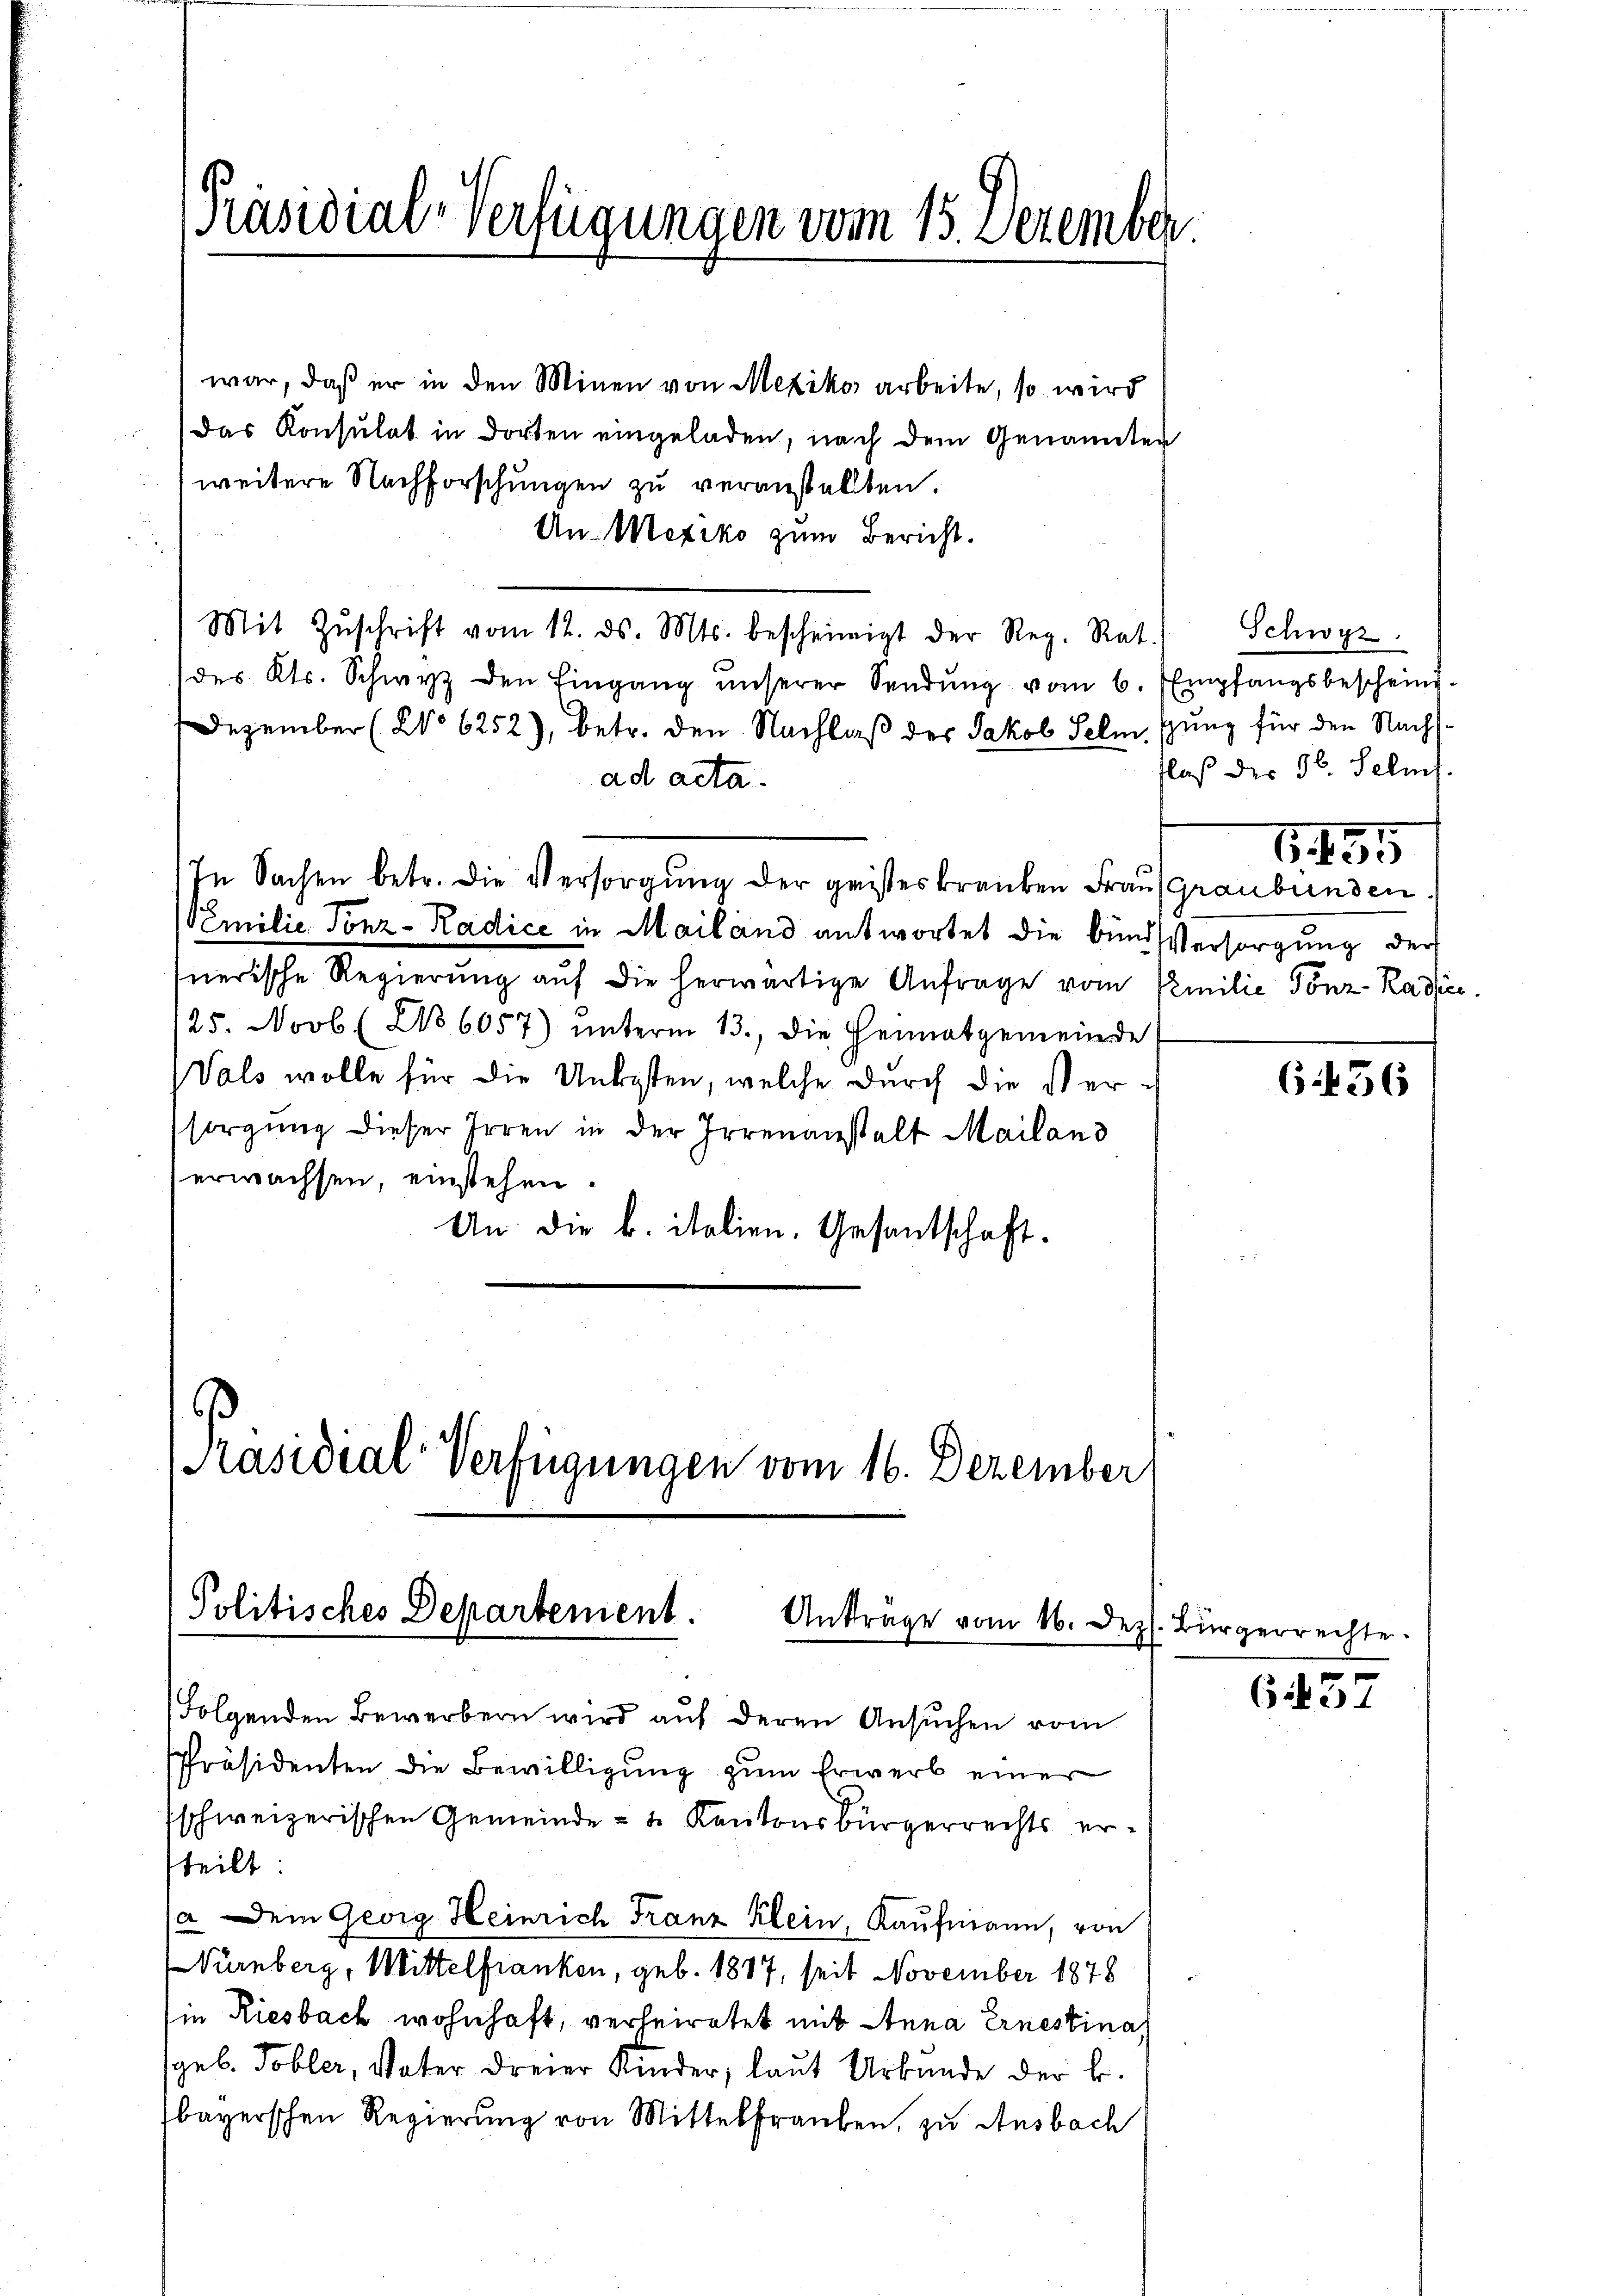
[Präsidial-Verfügungen vom 15. Dezember

war, daß er in den Minen von Mexiko arbeite, so wird
Das Konsulat in dorten eingeladen, nach dem Genannten
weitere Nachforschungen zu veranstallten.
Un- Mexiko zum Bericht.
Mit Zŭschrift vom 12. ds. Mts. bescheinigt der Reg. Rat.
(des Kts. Schwyz den Eingang unserer Sendŭng vom 6. Empfangsbeschein-
Dezember (No 6252), betr. den Nachlaß des Jakob Sclmsung für den Nachsad acta.
In Sachen betr. die Versorgŭng der geisteskranken Frau (Graubünden.
Vemilie Tonz-Radice in Mailand antwortet die bund Versorgung der
nerische Regierung aŭf die herwärtige Anfrage vom Emilie Tönz-Radice
25. Novb. (No 6057) ŭnterm 13. die Heimatgemeinde
Vals wolle für die Unkosten, welche durch die Versorgung dieser Irren in der Irrenanstalt Mailand
erwachsen, einstehen.
An die b. italien. Gesantschaft.

Präsidial-Verfügungen vom 16. Dezember

Politisches Departement. Anträge vom 16. Dez.

Folgenden Bewerbern wird auf deren Ansuchen vom
Präsidenten die Bewilligung zum Erwerb einer
sschweizerischen Gemeinde- & Kantonsbürgerrechts ertteilt:
/a Dein Georg Heinrich Franz Klein, Kaufmann, von
Nürnberg, Mittelfranken, geb. 1887, seit November 1878
in Riesbach wohnhaft, verheiratet mit Anna Ernestina
geb. Tobler, Vater dreier Kinder, laut Urkunde der B.
bayerschen Regierung von Mittelfrauben, zu Ansbach

Schwyz.
laß der 96. Selins.
G. 155

6456

(Bürgerrechte.

6457